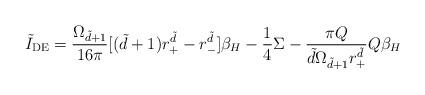
LaTeX: \begin{align*}\tilde{I}_{\rm DE}=\frac{\Omega _{\tilde{d}+1}}{16\pi}[(\tilde{d}+1)r_+^{\tilde{d}}-r_-^{\tilde{d}}]\beta _H -\frac{1}{4}\Sigma-\frac{\pi Q}{\tilde{d}\Omega _{\tilde{d}+1}r_+^{\tilde{d}}}Q\beta _H\end{align*}